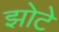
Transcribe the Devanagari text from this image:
झोटे